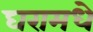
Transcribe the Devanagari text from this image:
घरामधे